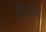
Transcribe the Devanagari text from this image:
बेज़ंग